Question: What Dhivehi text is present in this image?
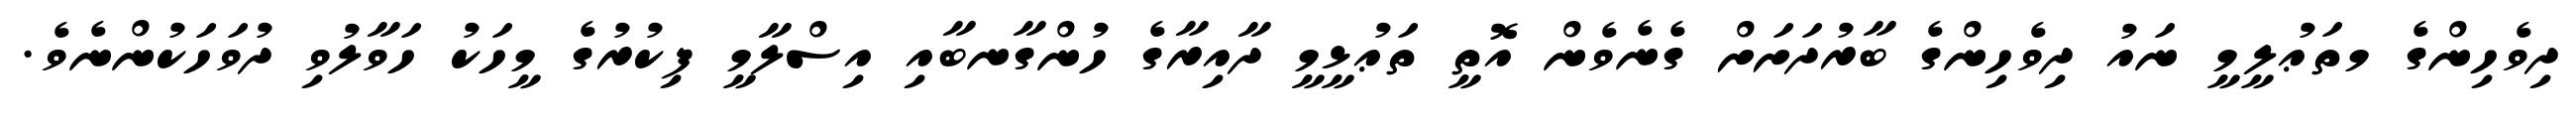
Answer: ދިވެހިންގެ މތަޢުލީމީ ނައު ދިވެހިންގެ ބާރުދަށަށް ގެނެވެން އޮތީ ތަޢުޅީމީ ދާއިރާގެ ހުންގާނބާއި އިސްލާމީ ފިކުރުގެ މީހަކު ހަވާލުވި ދުވަހަކުންނެވެ.